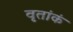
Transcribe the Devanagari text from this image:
वृतांकं